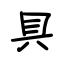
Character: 具